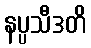
နပ္ပသီဒတိ